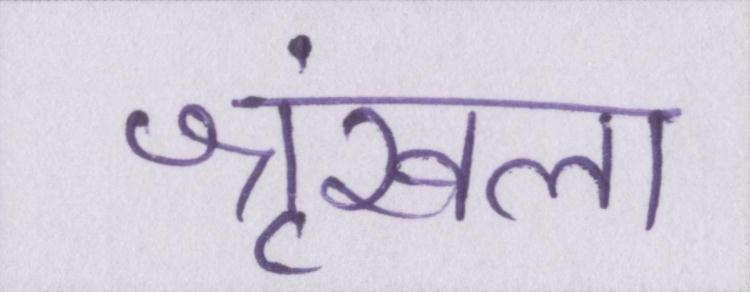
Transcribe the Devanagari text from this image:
श्रृंखला